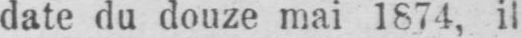
date du douze mai 1874, il